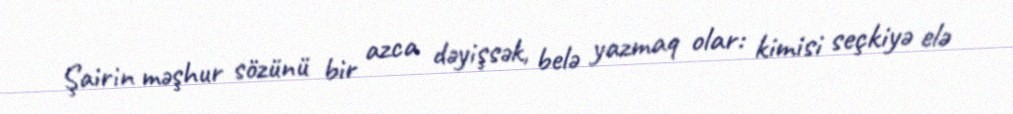
Şairin məşhur sözünü bir azca dəyişsək, belə yazmaq olar: kimisi seçkiyə elə